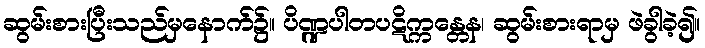
ဆွမ်းစားပြီးသည်မှနောက်၌။ ပိဏ္ဍပါတပဋိက္ကန္တေန၊ ဆွမ်းစားရာမှ ဖဲခွါခဲ့၍။